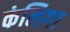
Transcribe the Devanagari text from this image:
कंलिगा